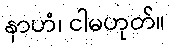
နာဟံ၊ ငါမဟုတ်။